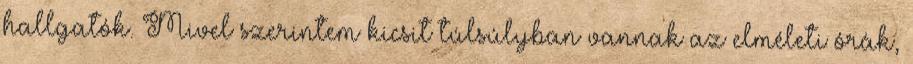
hallgatók. Mivel szerintem kicsit túlsúlyban vannak az elméleti órák,